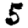
Digit: 5